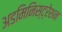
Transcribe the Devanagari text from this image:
अडमिनिस्ट्रेशन